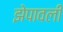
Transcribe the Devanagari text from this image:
झेपावली